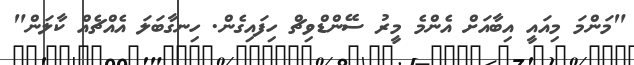
"މަންމަ މިއައީ އިބާއަށް އެންމެ މީރު ސޭންޑްވިޗް ހިފައިގެން. ހިނގާބަލަ އެއްޗެއް ކާލަން"